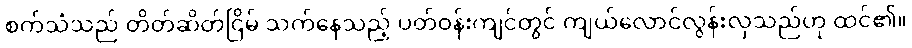
စက်သံသည် တိတ်ဆိတ်ငြိမ် သက်နေသည့် ပတ်ဝန်းကျင်တွင် ကျယ်လောင်လွန်းလှသည်ဟု ထင်၏။